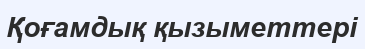
Қоғамдық қызыметтері